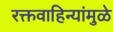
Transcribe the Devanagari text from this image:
रक्तवाहिन्यांमुळे